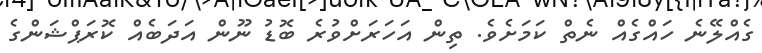
ގެއްލޭނެ ހައްގެއް ނެތް ކަމަށެވެ. ތިން އަހަރަށްވުރެ ބޮޑު ނޫން އަދަބެއް ކޮރަޕްޝަންގެ